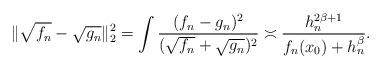
LaTeX: \begin{align*}\|\sqrt{f_n}-\sqrt{g_n}\|_2^2 = \int \frac{(f_n -g_n)^2}{(\sqrt{f_n} +\sqrt{g_n})^2} \asymp \frac{h_n^{2\beta+1}}{f_n(x_0) + h_n^\beta}.\end{align*}